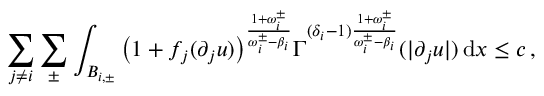
\sum _ { j \not = i } \sum _ { \pm } \int _ { B _ { i , \pm } } \big ( 1 + f _ { j } ( \partial _ { j } u ) \big ) ^ { \frac { 1 + \omega _ { i } ^ { \pm } } { \omega _ { i } ^ { \pm } - \beta _ { i } } } \Gamma ^ { ( \delta _ { i } - 1 ) \frac { 1 + \omega _ { i } ^ { \pm } } { \omega _ { i } ^ { \pm } - \beta _ { i } } } ( | \partial _ { j } u | ) \, \mathrm { d } x \leq c \, ,